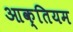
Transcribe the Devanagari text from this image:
आक्तियम